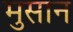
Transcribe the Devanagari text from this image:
मुसान